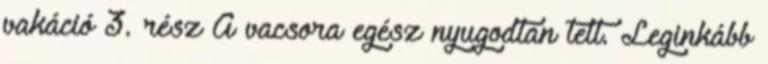
vakáció 3. rész A vacsora egész nyugodtan telt. Leginkább